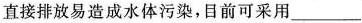
直接排放易造成水体污染，目前可采用___